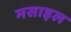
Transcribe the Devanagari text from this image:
मसाइल